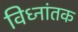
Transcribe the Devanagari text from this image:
विध्नांतक